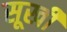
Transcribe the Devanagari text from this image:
सूर्खी